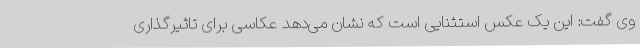
وی گفت: این یک عکس استثنایی است که نشان می‌دهد عکاسی برای تاثیرگذاری